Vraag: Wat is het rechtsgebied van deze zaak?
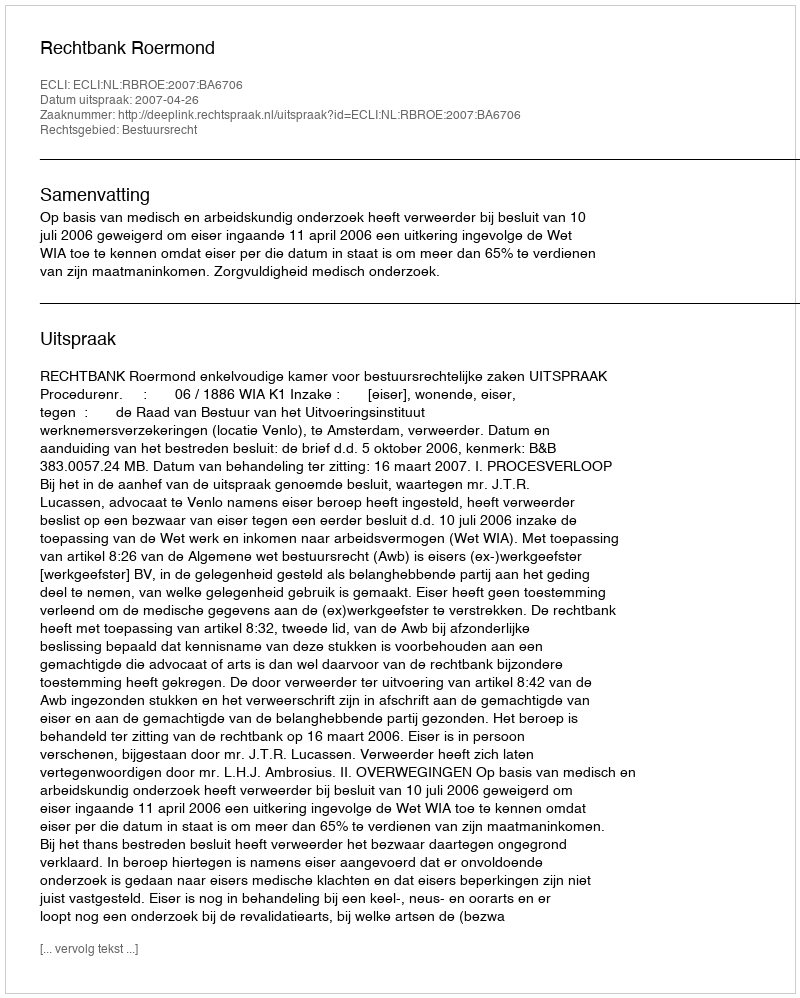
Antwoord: Bestuursrecht